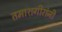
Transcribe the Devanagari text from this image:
तमाशगीरांनी